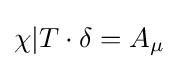
\chi |T\cdot \delta =A_{\mu }